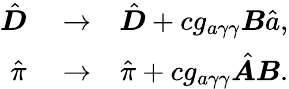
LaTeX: \begin{array}{rlr}{\hat{\boldsymbol D}}&{{}\rightarrow}&{\hat{\boldsymbol D}+cg_{a\gamma\gamma}{\boldsymbol B}\hat{a},}\\ {\hat{\pi}}&{{}\rightarrow}&{\hat{\pi}+cg_{a\gamma\gamma}\hat{\boldsymbol A}{\boldsymbol B}.}\end{array}